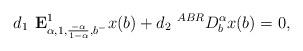
LaTeX: \begin{align*} d_1 \textbf{ E}^1_{\alpha,1, \frac{-\alpha}{1-\alpha},b^-}x(b)+ d_2 ~^{ABR}D_b^\alpha x(b)=0,\end{align*}